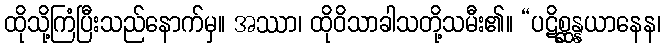
ထိုသို့ကြံပြီးသည်နောက်မှ။ အဿာ၊ ထိုဝိသာခါသတို့သမီး၏။ “ပဋိစ္ဆန္နယာနေန၊